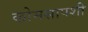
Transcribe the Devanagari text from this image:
कोमसापशी